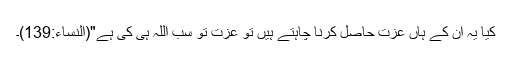
کیا یہ ان کے ہاں عزت حاصل کرنا چاہتے ہیں تو عزت تو سب اللہ ہی کی ہے"(النساء:139)۔